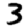
Digit: 3